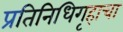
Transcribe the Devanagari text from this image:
प्रतिनिधिगृहाचा